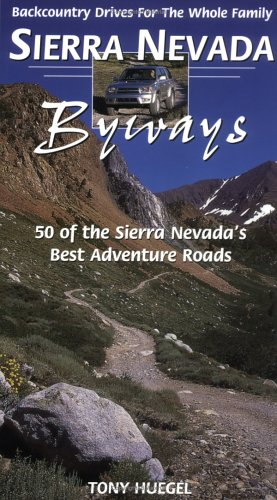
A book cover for Sierra Nevada Byways: 50 Backcountry Drives For The Whole Family; Tony Huegel; Travel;